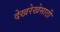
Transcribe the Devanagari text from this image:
देखरेखेसाठी